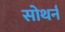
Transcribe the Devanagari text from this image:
सोथर्न